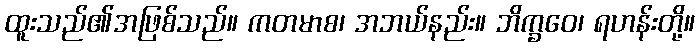
ထူးသည်၏အဖြစ်သည်။ ကတမာစ၊ အဘယ်နည်း။ ဘိက္ခဝေ၊ ရဟန်းတို့။